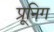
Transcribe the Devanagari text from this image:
प्रूनिग